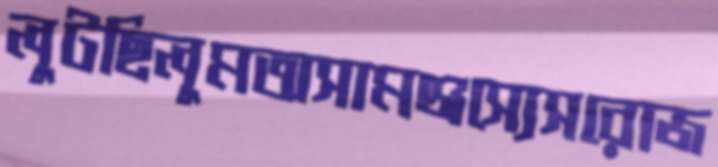
লুটছিলুমঅসামঞ্জস্যেসরোজ